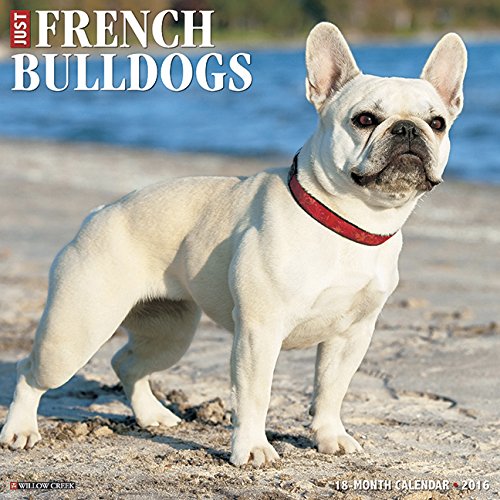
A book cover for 2016 Just French Bulldogs Wall Calendar; Willow Creek Press; Calendars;